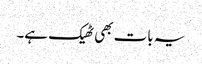
یہ بات بھی ٹھیک ہے۔